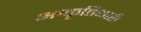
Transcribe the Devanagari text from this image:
आकृतिधारी